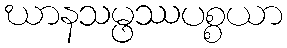
ဃာနသမ္ဖဿပစ္စယာ